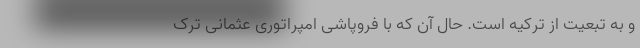
و به تبعیت از ترکیه است. حال آن که با فروپاشی امپراتوری عثمانی ترک